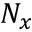
N _ { x }